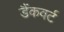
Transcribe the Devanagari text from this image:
डैंकवर्ट